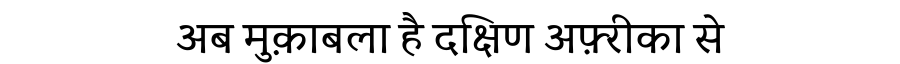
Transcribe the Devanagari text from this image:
अब मुक़ाबला है दक्षिण अफ़्रीका से